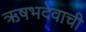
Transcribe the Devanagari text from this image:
ऋषभदेवाची